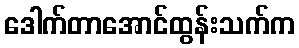
ဒေါက်တာအောင်ထွန်းသက်က